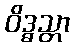
ဝိဒ္ဓသ္တာ